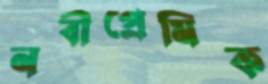
নবীপ্রেমিক